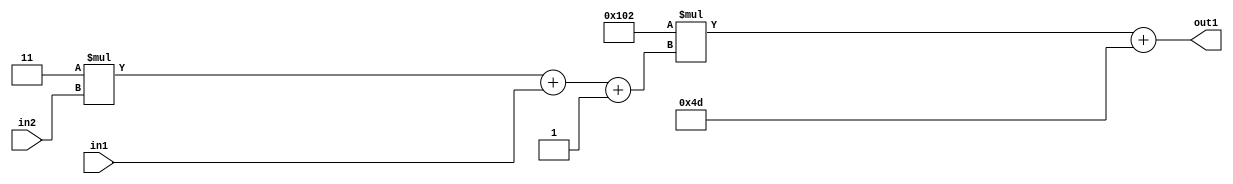
`timescale 1ps / 1ps
/*****************************************************************************
    Verilog RTL Description
    
    
    Created by: Stratus DpOpt 2019.1.01 
*******************************************************************************/

module DC_Filter_Add2i77Mul2i258Add3i1u1Mul2i3u2_4 (
	in2,
	in1,
	out1
	); /* architecture "behavioural" */ 
input [1:0] in2;
input  in1;
output [11:0] out1;
wire [11:0] asc001;
wire [3:0] asc002;

wire [3:0] asc002_tmp_0;
wire [3:0] asc002_tmp_1;
assign asc002_tmp_1 = 
	+(4'B0011 * in2);
assign asc002_tmp_0 = asc002_tmp_1
	+(in1);
assign asc002 = asc002_tmp_0
	+(4'B0001);

wire [11:0] asc001_tmp_2;
assign asc001_tmp_2 = 
	+(12'B000100000010 * asc002);
assign asc001 = asc001_tmp_2
	+(12'B000001001101);

assign out1 = asc001;
endmodule

/* CADENCE  vrP2SAk= : u9/ySgnWtBlWxVPRXgAZ4Og= ** DO NOT EDIT THIS LINE ******/